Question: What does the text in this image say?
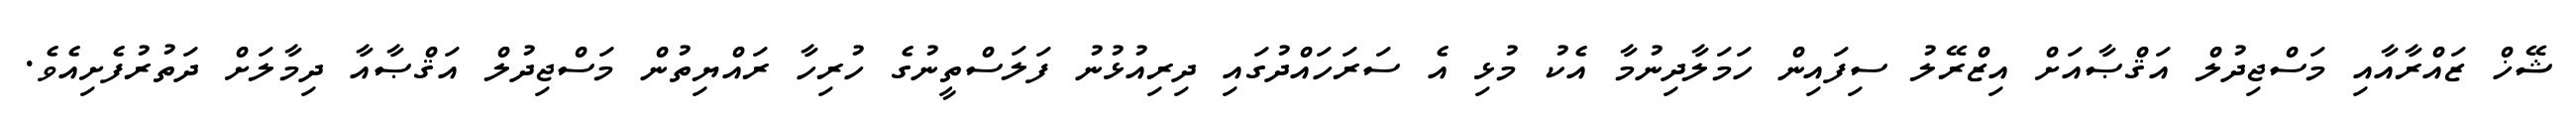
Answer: ޝޭޚް ޒައްރާއާއި މަސްޖިދުލް އަޤްޞާއަށް އިޒްރޭލު ސިފައިން ހަމަލާދިނުމާ އެކު މުޅި އެ ސަރަހައްދުގައި ދިރިއުޅުނު ފަލަސްތީނުގެ ހުރިހާ ރައްޔިތުން މަސްޖިދުލް އަޤްޞާއާ ދިމާލަށް ދަތުރުފެށިއެވެ.